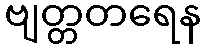
ဗျတ္တတရေန